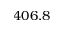
4 0 6 . 8